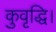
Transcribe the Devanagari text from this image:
कुवृद्धि।